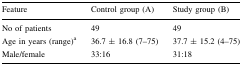
<table><thead><tr><td><b>Feature</b></td><td><b>Control group (A)</b></td><td><b>Study group (B)</b></td></tr></thead><tbody><tr><td>No of patients</td><td>49</td><td>49</td></tr><tr><td>Age in years (range)<sup>a</sup></td><td>36.7 ± 16.8 (7–75)</td><td>37.7 ± 15.2 (4–75)</td></tr><tr><td>Male/female</td><td>33:16</td><td>31:18</td></tr></tbody></table>